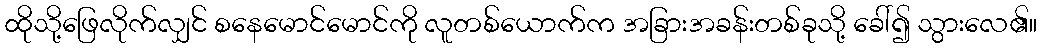
ထိုသို့ဖြေလိုက်လျှင် စနေမောင်မောင်ကို လူတစ်ယောက်က အခြားအခန်းတစ်ခုသို့ ခေါ်၍ သွားလေ၏။